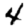
Digit: 4